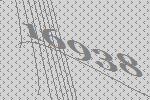
16938